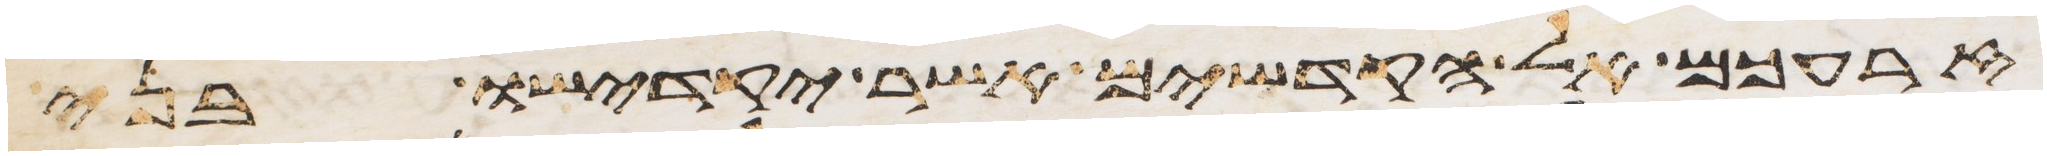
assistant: זרעכם אל הקדשים אשר יקדישו בני